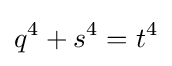
q^{4}+s^{4}=t^{4}